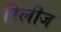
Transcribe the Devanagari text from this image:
रिलीज